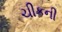
ચીકની